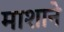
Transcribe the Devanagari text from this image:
माशाने